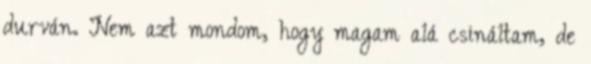
durván. Nem azt mondom, hogy magam alá csináltam, de